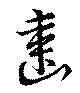
歯